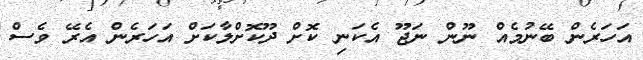
އަހަރެން ބޭނުމެއް ނޫން ނަޖޫ އެކަނި ކޮށް ދޫކޮށްލާކަށް އަހަރެން އެރޭ ވެސް